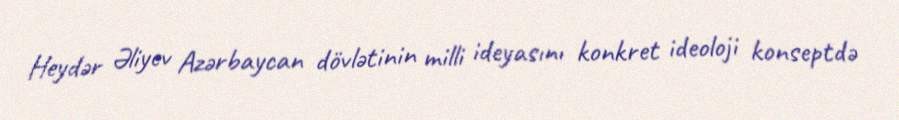
Heydər Əliyev Azərbaycan dövlətinin milli ideyasını konkret ideoloji konseptdə